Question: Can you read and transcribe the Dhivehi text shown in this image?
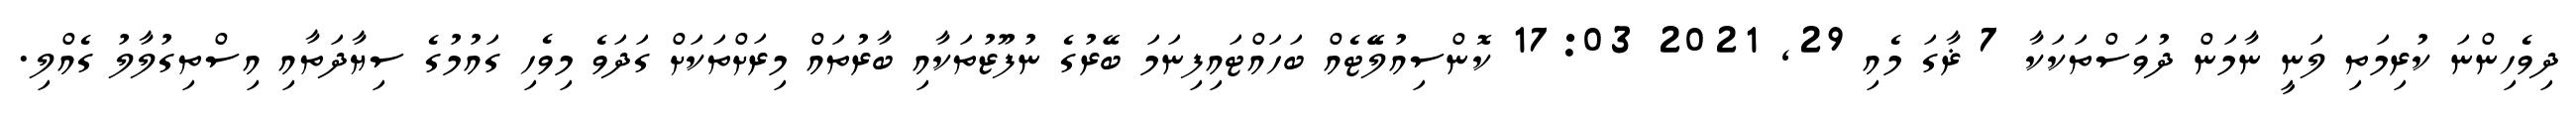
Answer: ދިވެހިންނަ ކުރިމަތި ލަނީ ނާމަން ދުވަސްތަކަކާ 7 ޜާގަ މެއި 29, 2021 17:03 ކޮންސިއުލޭޭޓެއް ބަހައްޓައިފިނަމަ ބޭރުގެ ނުފޫޒުތަކާއި ބާރުތައް މިރަށްތަކަށް ގަދަވެ މިވެހި ގައުމުގެ ސިޔާދަތާއި އިސްތިގުލާލު ގެއްލި.